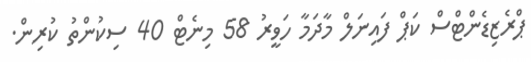
ޕްރެޒިޑެންޓްސް ކަޕް ފައިނަލް މާދަމާ ހަވީރު 58 މިނެޓް 40 ސިކުންތު ކުރިން.